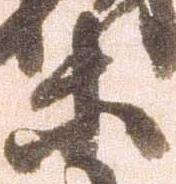
等